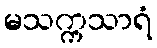
မသက္ကသာရံ